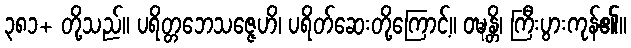
၃၈၁+ တို့သည်။ ပရိတ္တဘေသဇ္ဇေဟိ၊ ပရိတ်ဆေးတို့ကြောင့်။ ဝဍ္ဎန္တိ၊ ကြီးပွားကုန်၏။